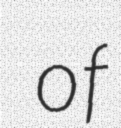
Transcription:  of